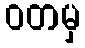
ဝတမှ